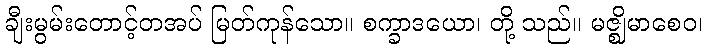
ချီးမွမ်းတောင့်တအပ် မြတ်ကုန်သော။ စက္ခာဒယော၊ တို့ သည်။ မဇ္ဈိမာစေဝ၊